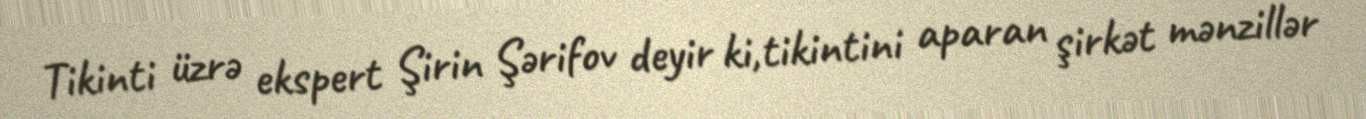
Tikinti üzrə ekspert Şirin Şərifov deyir ki,tikintini aparan şirkət mənzillər